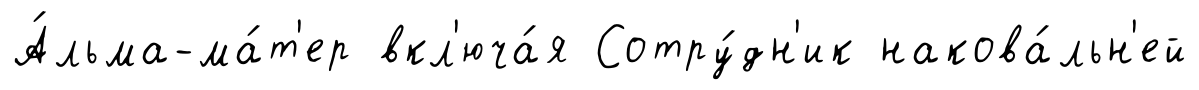
А́льма-ма́т'ер вкл'юча́я Сотру́дн'ик накова́льн'ей